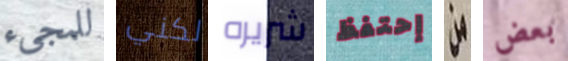
للمجيء لكني شريره إحتفظ من بعض